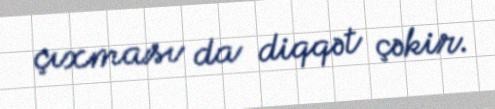
çıxması da diqqət çəkir.